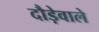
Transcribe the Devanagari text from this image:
दौड़ेवाले